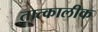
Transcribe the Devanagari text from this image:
तात्‍कालीक